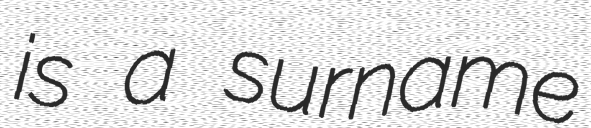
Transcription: is a surname